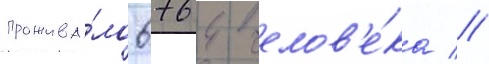
прожива́ло 6764 челов'е́ка //